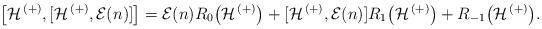
LaTeX: \begin{align*} \bigl[\mathcal{H}^{\,(+)}, [\mathcal{H}^{\,(+)},\mathcal{E}(n)]\bigr] =\mathcal{E}(n)R_0\bigl(\mathcal{H}^{\,(+)}\bigr) +[\mathcal{H}^{\,(+)},\mathcal{E}(n)] R_1\bigl(\mathcal{H}^{\,(+)}\bigr) +R_{-1}\bigl(\mathcal{H}^{\,(+)}\bigr). \end{align*}